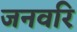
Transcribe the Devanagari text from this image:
जनवरि